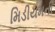
મિડીયમની